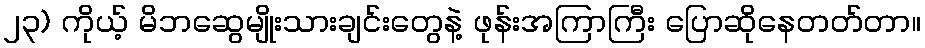
၂၃) ကိုယ့် မိဘဆွေမျိုးသားချင်းတွေနဲ့ ဖုန်းအကြာကြီး ပြောဆိုနေတတ်တာ။